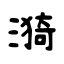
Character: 漪